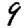
Digit: 9